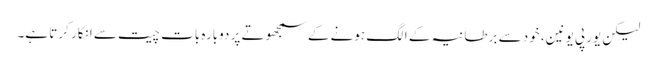
لیکن یورپی یونین، خود سے برطانیہ کے الگ ہونے کے سمجھوتے پر دوبارہ بات چیت سے انکار کرتا ہے۔